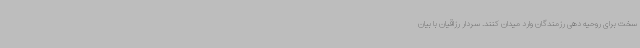
سخت برای روحیه دهی رزمندگان وارد میدان کنند. سردار رزاقیان با بیان